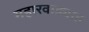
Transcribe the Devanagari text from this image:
महारवाड्यात